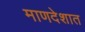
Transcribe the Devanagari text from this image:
माणदेशात